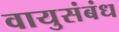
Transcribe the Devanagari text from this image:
वायुसंबंध